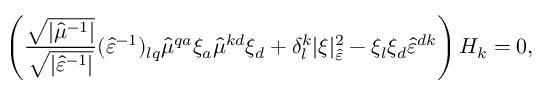
\left( \frac { \sqrt { \lvert \hat { \mu } ^ { - 1 } \rvert } } { \sqrt { \lvert \hat { \varepsilon } ^ { - 1 } \rvert } } ( \hat { \varepsilon } ^ { - 1 } ) _ { l q } \hat { \mu } ^ { q a } \xi _ { a } \hat { \mu } ^ { k d } \xi _ { d } + \delta _ { l } ^ { k } \lvert \xi \rvert _ { \hat { \varepsilon } } ^ { 2 } - \xi _ { l } \xi _ { d } \hat { \varepsilon } ^ { d k } \right) H _ { k } = 0 ,